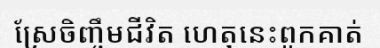
ស្រែចិញ្ចឹមជីវិត ហេតុនេះពួកគាត់